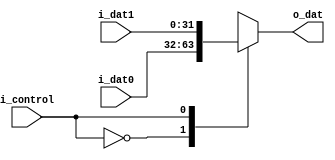
module mux2in1 #(parameter WIDTH = 32)
               (output reg [WIDTH-1:0] o_dat,
                input             i_control,
                input [WIDTH-1:0] i_dat0, i_dat1);

always @(*)
begin
	case (i_control)
		0: o_dat <= i_dat0;
		1: o_dat <= i_dat1;
	endcase
end

endmodule